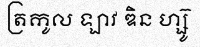
ត្រកូល ឡាវ ឌិន ហ្ស៊ូ